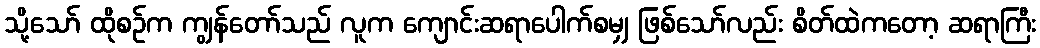
သို့သော် ထိုစဉ်က ကျွန်တော်သည် လူက ကျောင်းဆရာပေါက်စမျှ ဖြစ်သော်လည်း စိတ်ထဲကတော့ ဆရာကြီး